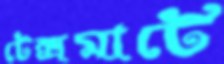
টেক্সমার্টে